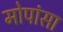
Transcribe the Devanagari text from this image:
मोपांसा